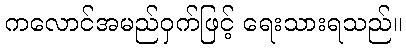
ကလောင်အမည်ဝှက်ဖြင့် ရေးသားရသည်။